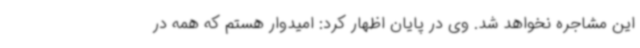
این مشاجره نخواهد شد. وی در پایان اظهار کرد: امیدوار هستم که همه در